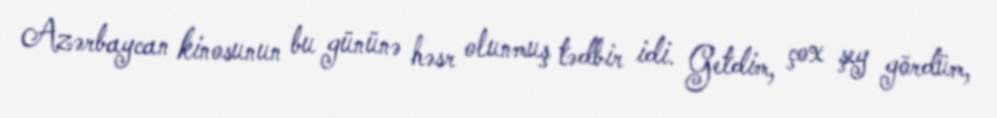
Azərbaycan kinosunun bu gününə həsr olunmuş tədbir idi. Getdim, çox şey gördüm,